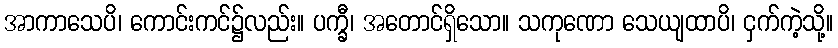
အာကာသေပိ၊ ကောင်းကင်၌လည်း။ ပက္ခီ၊ အတောင်ရှိသော။ သကုဏော သေယျထာပိ၊ ငှက်ကဲ့သို့။